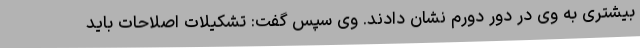
بیشتری به وی در دور دورم نشان دادند. وی سپس گفت: تشکیلات اصلاحات باید